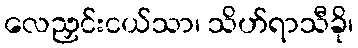
လေညှင်းငယ်သာ၊ သိဟ်ရာသီခို၊